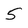
Character: 5